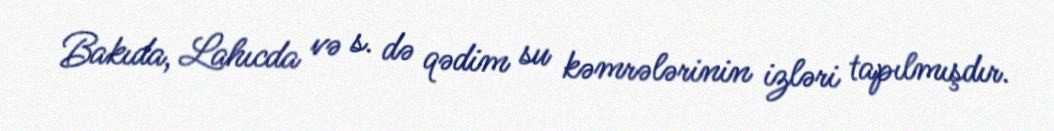
Bakıda, Lahıcda və s. də qədim su kəmrələrinin izləri tapılmışdır.